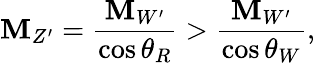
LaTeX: \mathbf{M}_{Z^{\prime}}=\frac{{\mathbf{M}_{W^{\prime}}}}{{\cos\theta_{R}}}>\frac{{\mathbf{M}_{W^{\prime}}}}{{\cos\theta_{W}}},